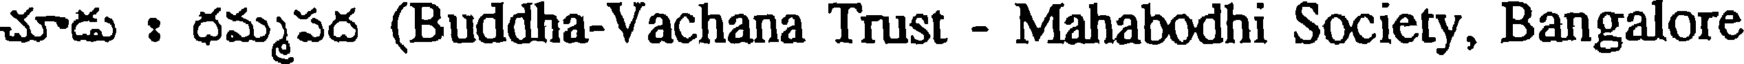
చూడు : ధమ్మపద (Buddha-Vachana Trust - Mahabodhi Society, Bangalore